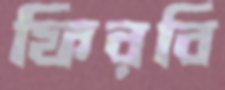
ফিরবি